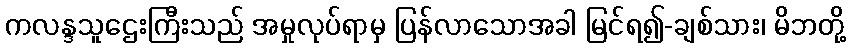
ကလန္ဒသူဌေးကြီးသည် အမှုလုပ်ရာမှ ပြန်လာသောအခါ မြင်ရ၍-ချစ်သား၊ မိဘတို့